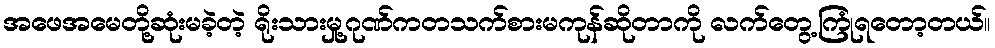
အဖေအမေတို့ဆုံးမခဲ့တဲ့ ရိုးသားမှု့ဂုဏ်ကတသက်စားမကုန်ဆိုတာကို လက်တွေ့ကြုံရတော့တယ်။